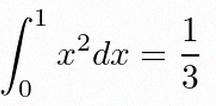
\int_0^1 x^2dx=\frac13